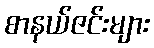
စာနယ်ဇင်းများ